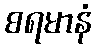
စရမာနံ